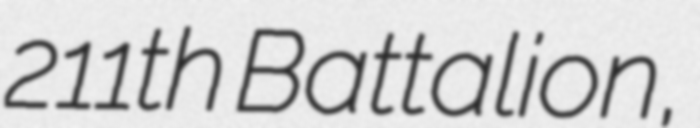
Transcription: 211th Battalion,